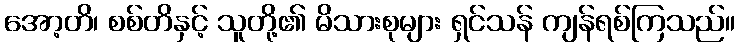
အော့တိ၊ စစ်တိနှင့် သူတို့၏ မိသားစုများ ရှင်သန် ကျန်ရစ်ကြသည်။